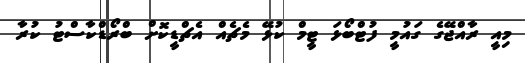
މިއީ ރާއްޖޭގެ ގައުމީ ފުޓްބޯޅަ ޓީމް ކުޅޭ މެޗެއް އެޗްޑީކޮށް ބްރޯޑްކާސްޓު ކުރާ